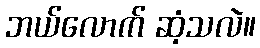
ဘယ်လောက် ဆံ့သလဲ။